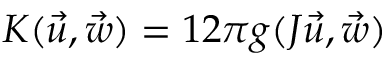
K ( \vec { u } , \vec { w } ) = \o { 1 } { 2 \pi } g ( J \vec { u } , \vec { w } )